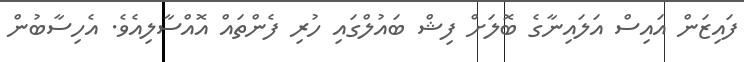
ފައިޒަން އައިސް އަލައިނާގެ ބޮލަށް ފިޝް ބައުލްގައި ހުރި ފެންތައް އޮއްސާލިއެވެ. އެހިސާބުން